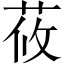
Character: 莜